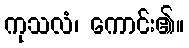
ကုသလံ၊ ကောင်း၏။